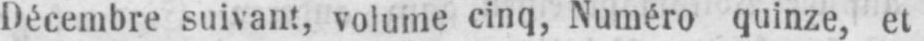
Décembre suivant, volume cinq, Numéro quinze, et